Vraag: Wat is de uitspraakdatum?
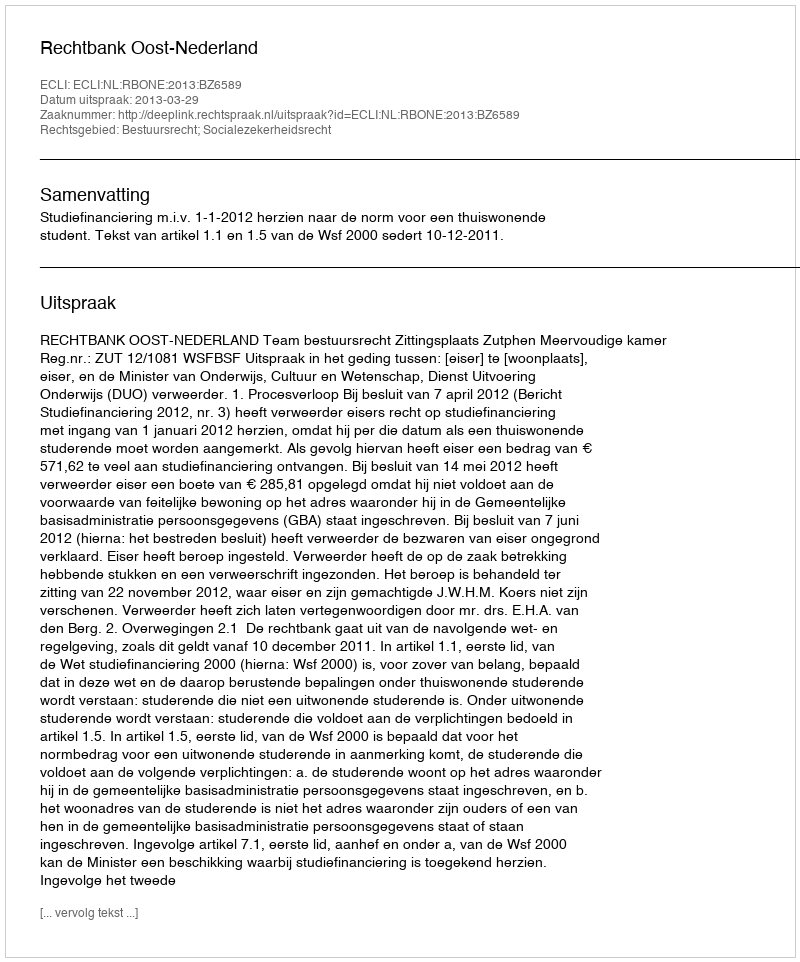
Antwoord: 2013-03-29